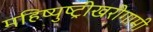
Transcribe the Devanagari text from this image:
महिष्युष्ट्रीखरीगामी